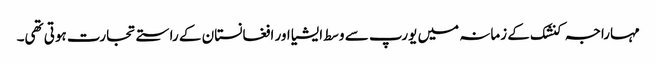
مہاراجہ کنشک کے زمانہ میں یورپ سے وسط ایشیا اور افغانستان کے راستے تجارت ہوتی تھی۔